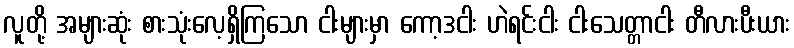
လူတို့ အများဆုံး စားသုံးလေ့ရှိကြသော ငါးများမှာ ကော့ဒငါး ဟဲရင်းငါး ငါးသေတ္တာငါး တီလားပီးယား